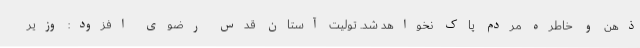
ذهن و خاطره مردم پاک نخواهد شد. تولیت آستان قدس رضوی افزود: وزیر